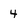
Character: 4